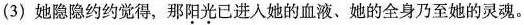
(3)她隐隐约约觉得，那\underset{·}{阳}\underset{·}{光}已进入她的血液、她的全身乃至她的灵魂。